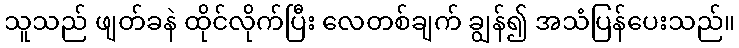
သူသည် ဖျတ်ခနဲ ထိုင်လိုက်ပြီး လေတစ်ချက် ချွန်၍ အသံပြန်ပေးသည်။